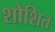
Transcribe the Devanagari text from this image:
शोशित